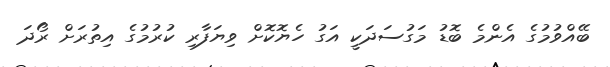
ބޭއްވުމުގެ އެންމެ ބޮޑު މަގުސަދަކީ އަގު ހެޔޮކޮށް ވިޔަފާރި ކުރުމުގެ އިތުރަށް ރޯދަ